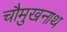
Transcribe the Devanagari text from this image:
चौमुखनाथ